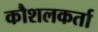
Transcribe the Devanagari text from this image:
कौशलकर्ता